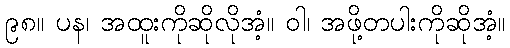
၉၈။ ပန၊ အထူးကိုဆိုလိုအံ့။ ဝါ၊ အဖို့တပါးကိုဆိုအံ့။